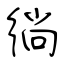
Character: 徜